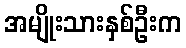
အမျိုးသားနှစ်ဦးက